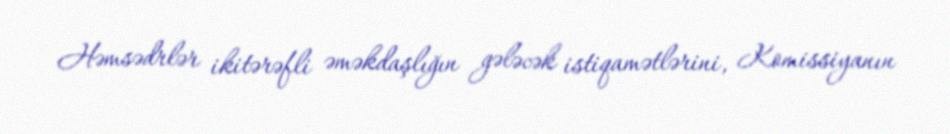
Həmsədrlər ikitərəfli əməkdaşlığın gələcək istiqamətlərini, Komissiyanın